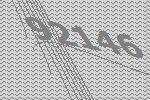
92146